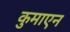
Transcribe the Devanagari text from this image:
कुमाएन